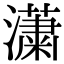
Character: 𤂣